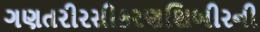
ગણતરીરસીકરણશિબીરની